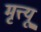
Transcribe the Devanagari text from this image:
मृत्त्यू